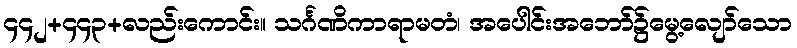
၄၄၂+၄၄၃+လည်းကောင်း။ သင်္ဂဏိကာရာမတံ၊ အပေါင်းအဘော်၌မွေ့လျော်သော